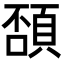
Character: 䫊